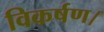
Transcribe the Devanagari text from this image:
विकर्षण।